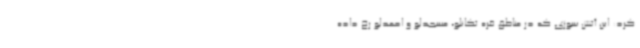
کرد: این آتش سوزی که در مناطق قره تکانلو، مسجدلو و احمدلو رخ داده